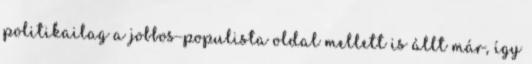
politikailag a jobbos-populista oldal mellett is állt már, így